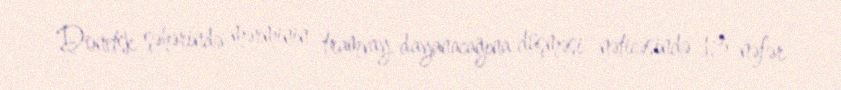
Donetsk şəhərində mərminin tramvay dayanacağına düşməsi nəticəsində 13 nəfər